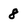
Character: 8